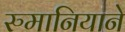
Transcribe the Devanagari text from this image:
रुमानियाने